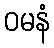
ဝမနံ